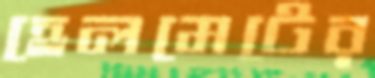
হেলমেটের